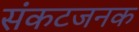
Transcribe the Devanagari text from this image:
संकटजनक